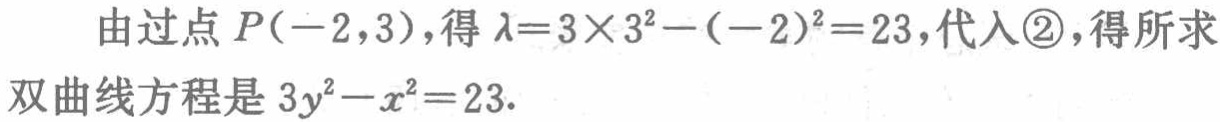
由过点 \(P(-2,3)\)，得 \(\lambda = 3\times3^{2}-(-2)^{2}=23\)，代入\textcircled{2}，得所求
双曲线方程是 \(3y^{2}-x^{2}=23\).